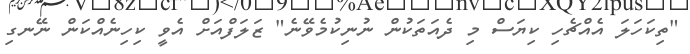
"ތިކަހަލަ އެއްޗެހި ކިޔަސް މި ދެއަތަކުން ނުނިކުމެވޭނެ" ޒަލަފްއަށް އެވީ ކިހިނެއްކަން ނޭނގި